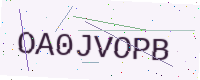
Text: OA0JVOPB